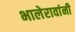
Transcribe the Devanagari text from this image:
भालेरावांनी